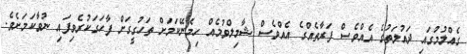
ގެއްލުމުގައި ދައުލަތުގެ އެއްވެސް ފަރާތެއްގެ އެއްވެސް ޝާމިލްވުމެއް ހިމެނޭކަމަށް ތަހުގީގަށް ފާހަގަކުރެވިފައި ނުވާކަމަށެވެ.